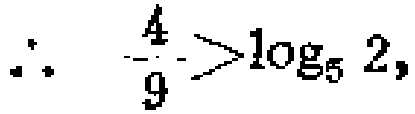
\(\therefore\ \ \frac{4}{9}>\log_{5}2,\)